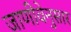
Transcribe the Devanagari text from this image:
जाणीवेनुसार